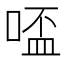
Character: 𠸟